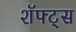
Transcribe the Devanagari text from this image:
शॅफ्ट्स